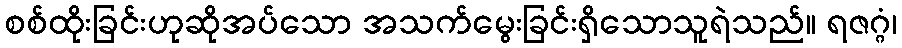
စစ်ထိုးခြင်းဟုဆိုအပ်သော အသက်မွေးခြင်းရှိသောသူရဲသည်။ ရဇဂ္ဂံ၊